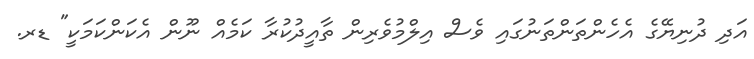
އަދި ދުނިޔޭގެ އެހެންތަންތަނުގައި ވެސް އިލްމުވެރިން ތާއީދުކުރާ ކަމެއް ނޫން އެކަންކަމަކީ" ޑރ.